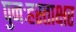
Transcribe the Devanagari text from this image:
पुनःहस्ताक्षर